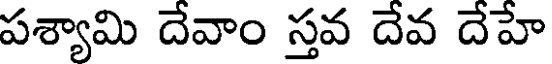
పశ్యామి దేవాం స్తవ దేవ దేహే